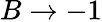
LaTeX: B\rightarrow-1